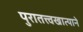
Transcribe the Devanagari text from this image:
पुरातत्त्वखात्याने